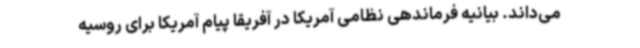
می‌داند. بیانیه فرماندهی نظامی آمریکا در آفریقا پیام آمریکا برای روسیه